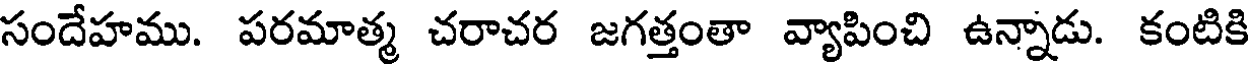
సందేహము. పరమాత్మ చరాచర జగత్తంతా వ్యాపించి ఉన్నాడు. కంటికి